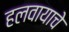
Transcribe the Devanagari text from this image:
हलवायाचे